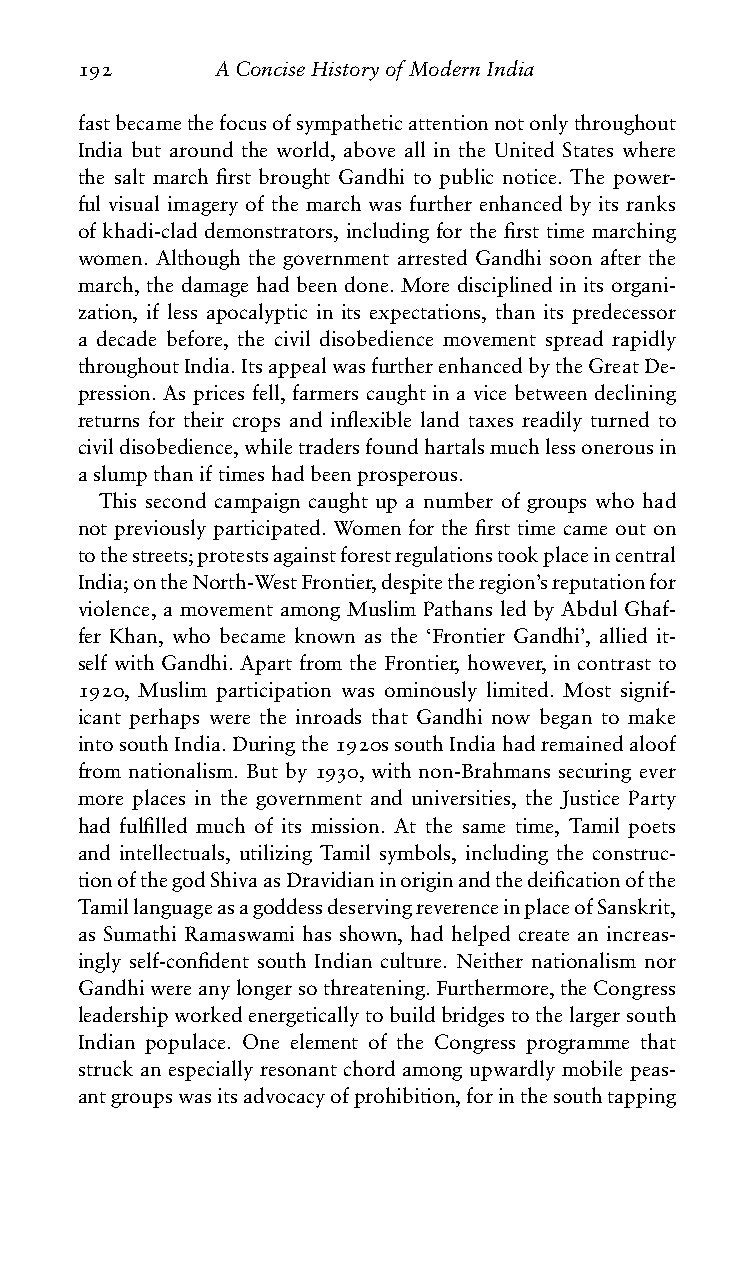
192      AConciseHistoryofModernIndia
 fastbecamethefocusofsympatheticattentionnotonlythroughout
 India but around the world, above all in the United States where
 the salt march first brought Gandhi to public notice. The power-
 ful visual imagery of the march was further enhanced by its ranks
 of khadi-clad demonstrators, including for the first time marching
 women. Although the government arrested Gandhi soon after the
 march, the damage had been done. More disciplined in its organi-
 zation, if less apocalyptic in its expectations, than its predecessor
 a decade before, the civil disobedience movement spread rapidly
 throughoutIndia.ItsappealwasfurtherenhancedbytheGreatDe-
 pression. As prices fell, farmers caught in a vice between declining
 returns for their crops and inflexible land taxes readily turned to
 civildisobedience,whiletradersfoundhartalsmuchlessonerousin
 aslumpthaniftimeshadbeenprosperous.
 This second campaign caught up a number of groups who had
 not previously participated. Women for the first time came out on
 tothestreets;protestsagainstforestregulationstookplaceincentral
 India;ontheNorth-WestFrontier,despitetheregion’sreputationfor
 violence, a movement among Muslim Pathans led by Abdul Ghaf-
 fer Khan, who became known as the ‘Frontier Gandhi’, allied it-
 self with Gandhi. Apart from the Frontier, however, in contrast to
 1920, Muslim participation was ominously limited. Most signif-
 icant perhaps were the inroads that Gandhi now began to make
 intosouthIndia.Duringthe1920ssouthIndiahadremainedaloof
 from nationalism. But by 1930, with non-Brahmans securing ever
 more places in the government and universities, the Justice Party
 had fulfilled much of its mission. At the same time, Tamil poets
 and intellectuals, utilizing Tamil symbols, including the construc-
 tionofthegodShivaasDravidianinoriginandthedeificationofthe
 TamillanguageasagoddessdeservingreverenceinplaceofSanskrit,
 as Sumathi Ramaswami has shown, had helped create an increas-
 ingly self-confident south Indian culture. Neither nationalism nor
 Gandhiwereanylongersothreatening.Furthermore,theCongress
 leadershipworkedenergeticallytobuildbridgestothelargersouth
 Indian populace. One element of the Congress programme that
 struck an especially resonant chord among upwardly mobile peas-
 antgroupswasitsadvocacyofprohibition,forinthesouthtapping